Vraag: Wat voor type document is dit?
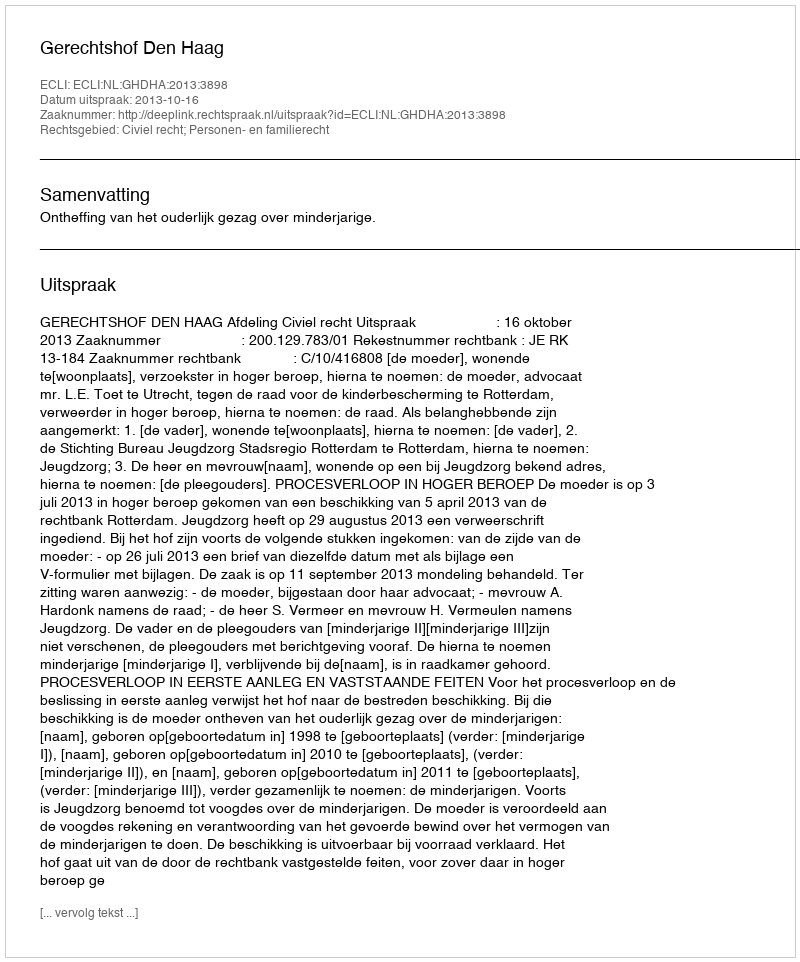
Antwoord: Uitspraak